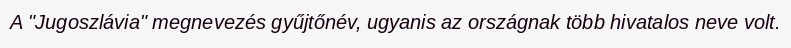
A "Jugoszlávia" megnevezés gyűjtőnév, ugyanis az országnak több hivatalos neve volt.